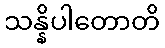
သန္နိပါတောတိ